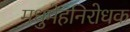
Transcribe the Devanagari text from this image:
मधुमेहनिरोधक